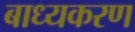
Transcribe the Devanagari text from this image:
बाध्यकरण